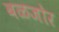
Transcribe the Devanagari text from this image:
बळजोर